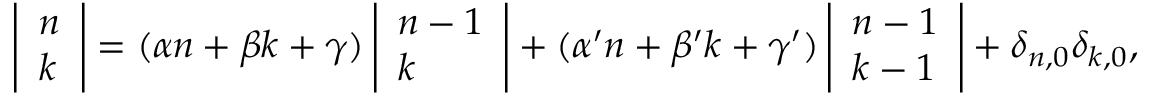
\left| { \begin{array} { l } { n } \\ { k } \end{array} } \right| = ( \alpha n + \beta k + \gamma ) \left| { \begin{array} { l } { n - 1 } \\ { k } \end{array} } \right| + ( \alpha ^ { \prime } n + \beta ^ { \prime } k + \gamma ^ { \prime } ) \left| { \begin{array} { l } { n - 1 } \\ { k - 1 } \end{array} } \right| + \delta _ { n , 0 } \delta _ { k , 0 } ,